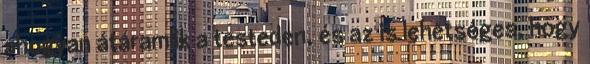
ahogyan átáramlik a testeden, és az is lehetséges, hogy